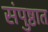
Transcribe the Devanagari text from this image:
संपुष्ठात